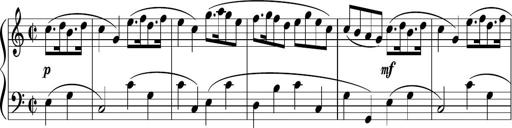
Title: 12 Keyboard Sonatinas
Composer: James Hook